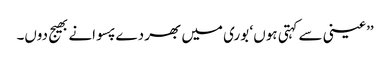
’’عینی سے کہتی ہوں ‘ بوری میں بھر دے پسوانے بھیج دوں۔